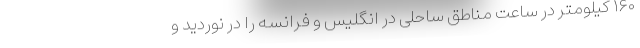
۱۶۰ کیلومتر در ساعت مناطق ساحلی در انگلیس و فرانسه را در نوردید و